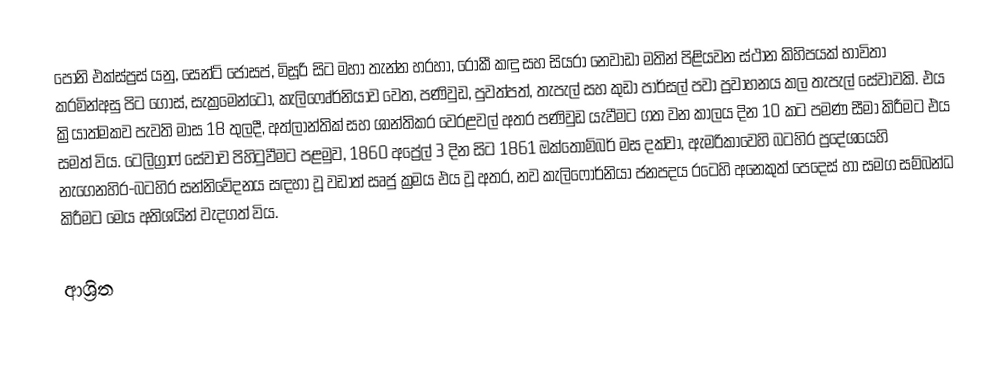
පෝනි එක්ස්ප්‍රස් යනු, සෙන්ට් ජෝසප්, මිසූරි සිට මහා තැන්න හරහා, රොකී කඳු සහ සියරා නෙවාඩා මතින් පිළියවන ස්ථාන කිහිපයක් භාවිතා කරමින්අසු පිට ගොස්,  සැක්‍රමෙන්ටෝ, කැලිෆෙෘ්ර්නියාව වෙත, පණිවුඩ, පුවත්පත්, තැපැල් සහ කුඩා පාර්සල් පවා ප්‍රවාහනය කල තැපැල් සේවාවකි. එය ක්‍රියාත්මකව පැවති මාස 18 තුලදී, අත්ලාන්තික් සහ ශාන්තිකර වෙරළවල් අතර පණිවුඩ යැවීමට ගත වන කාලය දින 10 කට පමණ සීමා කිරීමට එය සමත් විය.  ටෙලිග්‍රාෆ් සේවාව පිහිටුවීමට පළමුව, 1860 අප්‍රේල් 3 දින සිට 1861 ඔක්තොම්බර් මස දක්වා, ඇමරිකාවෙහි බටහිර ප්‍රදේශයෙහි නැගෙනහිර-බටහිර සන්නිවේදනය සඳහා වූ වඩාත් සෘජු ක්‍රමය එය වූ අතර, නව  කැලිෆෝර්නියා ජනපදය රටෙහි අනෙකුත් පෙදෙස් හා සමග සම්බන්ධ කිරීමට මෙය අතිශයින් වැදගත් විය.

ආශ්‍රිත